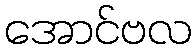
အောင်ဗလ